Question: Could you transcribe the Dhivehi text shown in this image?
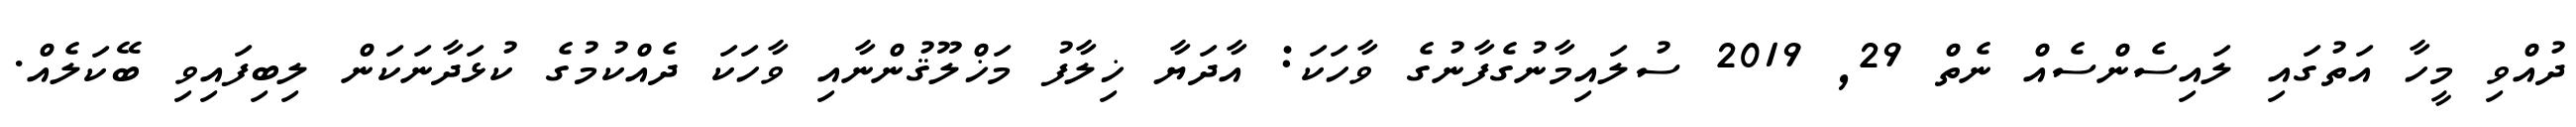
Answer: ދުއްވި މީހާ އަތުގައި ލައިސެންސެއް ނެތް 29, 2019 ސުލައިމާނުގެފާނުގެ ވާހަކަ: އާދަޔާ ޚިލާފު މަޚްލޫޤުންނާއި ވާހަކަ ދެއްކުމުގެ ކުޅަދާނަކަން ލިބިފައިވި ބޭކަލެއް.